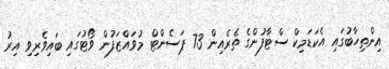
އިންތިހާބުގައި އެކަޑަމިކް ސްޓާފުންގެ ތެރެއިން 73 ޕަސެންޓް މުވައްޒަފުން ވޯޓުގައި ބައިވެރިވި އިރު